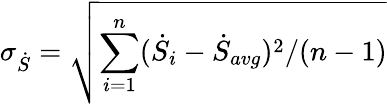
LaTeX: \sigma_{\dot{S}}=\sqrt{\sum_{i=1}^{n}(\dot{S}_{i}-\dot{S}_{avg})^{2}/(n-1)}